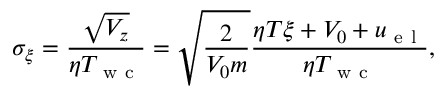
\sigma _ { \xi } = \frac { \sqrt { V _ { z } } } { \eta T _ { \mathrm { ~ w ~ c ~ } } } = \sqrt { \frac { 2 } { V _ { 0 } m } } \frac { \eta T \xi + V _ { 0 } + u _ { \mathrm { ~ e ~ l ~ } } } { \eta T _ { \mathrm { ~ w ~ c ~ } } } ,